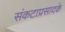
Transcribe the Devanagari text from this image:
संकटाप्रसादके